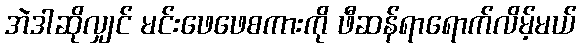
အဲဒါဆိုလျှင် မင်းဖေဖေစကားကို ဖီဆန်ရာရောက်လိမ့်မယ်